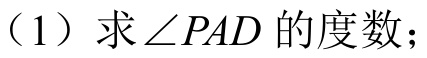
（1）求\(\angle PAD\)的度数；